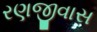
રણજીવાસ